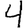
Digit: 4